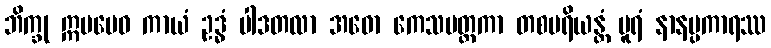
ဘိက္ခု ဣမမေဝ ကာယံ ဥဒ္ဓံ ပါဒတလာ အဓော ကေသမတ္ထကာ တစပရိယန္တံ ပူရံ နာနပ္ပကာရဿ